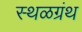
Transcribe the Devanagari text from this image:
स्थळग्रंथ